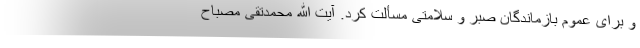
و برای عموم بازماندگان صبر و سلامتی مسألت کرد. آیت الله محمدتقی مصباح